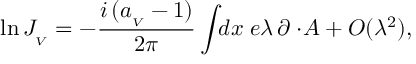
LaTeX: \ln J _ { _ V } = - \frac { i \, ( a _ { _ V } - 1 ) } { 2 \pi } \int \! \! d x \; e \lambda \, \partial \cdotp \! A + { \cal O } ( \lambda ^ { 2 } ) ,